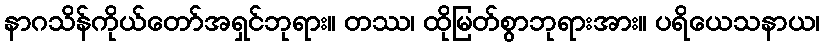
နာဂသိန်ကိုယ်တော်အရှင်ဘုရား။ တဿ၊ ထိုမြတ်စွာဘုရားအား။ ပရိယေသနာယ၊